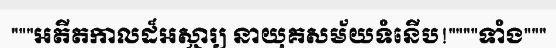
"""អតីតកាលដ៏អស្ចារ្យ នាយុគសម័យទំនើប!""""ទាំង"""